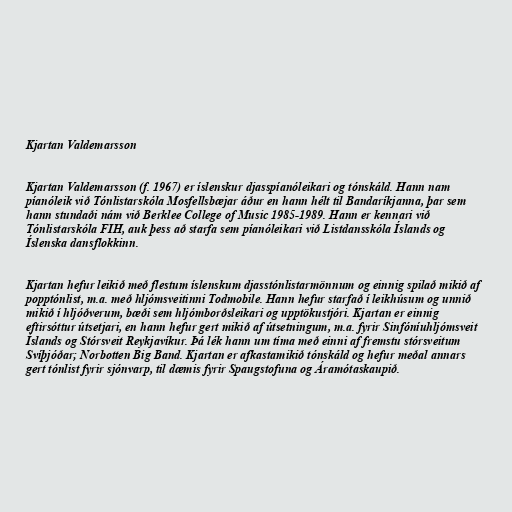
Kjartan Valdemarsson

Kjartan Valdemarsson (f. 1967) er íslenskur djasspíanóleikari og tónskáld. Hann nam
píanóleik við Tónlistarskóla Mosfellsbæjar áður en hann hélt til Bandaríkjanna, þar sem
hann stundaði nám við Berklee College of Music 1985-1989. Hann er kennari við
Tónlistarskóla FIH, auk þess að starfa sem píanóleikari við Listdansskóla Íslands og
Íslenska dansflokkinn.

Kjartan hefur leikið með flestum íslenskum djasstónlistarmönnum og einnig spilað mikið af
popptónlist, m.a. með hljómsveitinni Todmobile. Hann hefur starfað í leikhúsum og unnið
mikið í hljóðverum, bæði sem hljómborðsleikari og upptökustjóri. Kjartan er einnig
eftirsóttur útsetjari, en hann hefur gert mikið af útsetningum, m.a. fyrir Sinfóníuhljómsveit
Íslands og Stórsveit Reykjavíkur. Þá lék hann um tíma með einni af fremstu stórsveitum
Svíþjóðar; Norbotten Big Band. Kjartan er afkastamikið tónskáld og hefur meðal annars
gert tónlist fyrir sjónvarp, til dæmis fyrir Spaugstofuna og Áramótaskaupið.